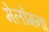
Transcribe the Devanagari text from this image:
मेलोंगना